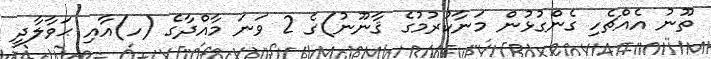
ތޫނު އެއްޗެހި ގެންގުޅުން މަނާކުރުމުގެ ޤާނޫނު)ގެ 2 ވަނަ މާއްދާގެ (ހ)އާއި ޙަވާލާދީ